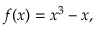
f ( x ) = x ^ { 3 } - x ,